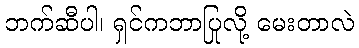
ဘက်ဆီပါ၊ ရှင်ကဘာပြုလို့ မေးတာလဲ